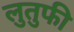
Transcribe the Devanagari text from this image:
लुतुफी